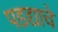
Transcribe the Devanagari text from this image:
पडद्याचे